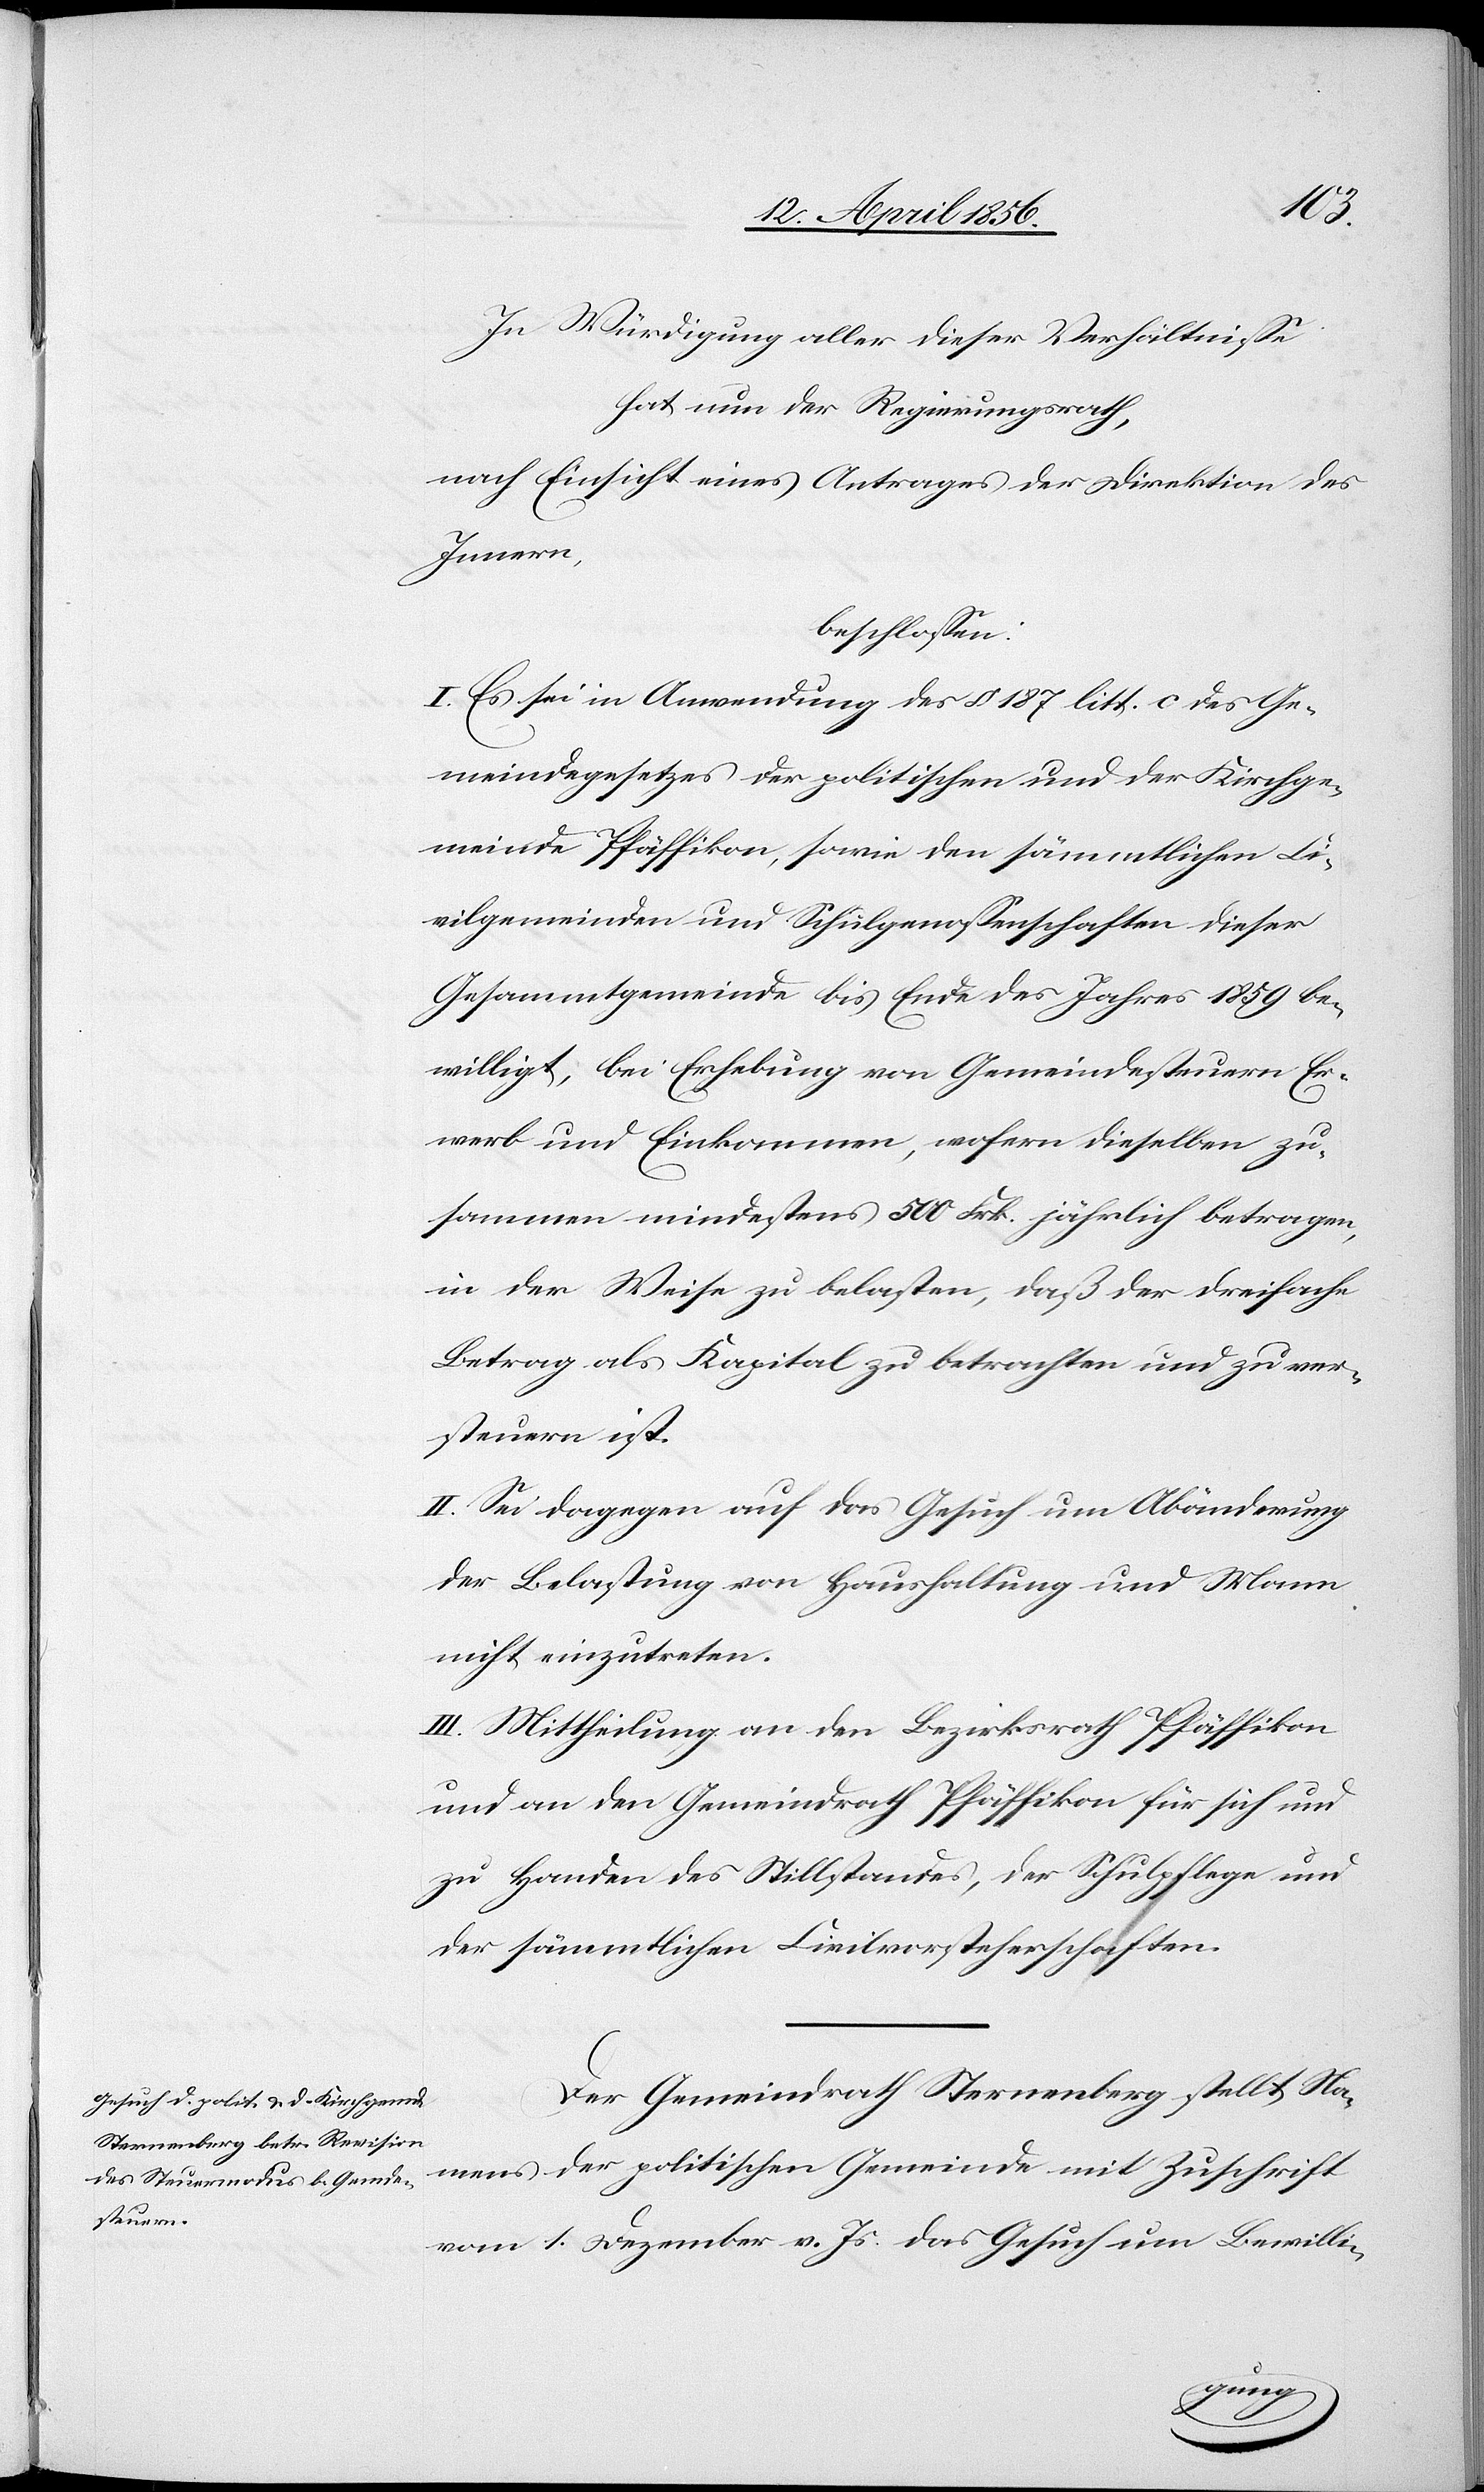
In Würdigung aller dieser Verhältnisse
hat nun der Regierungsrath,
nach Einsicht eines Antrages der Direktion des
Innern,
beschlossen:
I. Es sei in Anwendung des § 187 litt. c des Ge¬
meindegesetzes der politischen und der Kirchge¬
meinde Pfäffikon, sowie den sämmtlichen Ci¬
vilgemeinden und Schulgenossenschaften dieser
Gesammtgemeinde bis Ende des Jahres 1859 be¬
willigt, bei Erhebung von Gemeindesteuern Er¬
werb und Einkommen, wofern dieselben zu¬
sammen mindestens 500 Frk. jährlich beitragen,
in der Weise zu belasten, daß der dreifache
Betrag als Kapital zu betrachten und zu ver¬
steuern ist.
II. Sei dagegen auf das Gesuch um Abänderung
der Belastung von Haushaltung und Mann
nicht einzutreten.
III. Mittheilung an den Bezirksrath Pfäffikon
und an den Gemeindrath Pfäffikon für sich und
zu Handen des Stillstandes, der Schulpflege und
der sämmtlichen Civilvorsteherschaften.
Der Gemeindrath Sternenberg stellt Na¬
mens der politischen Gemeinde mit Zuschrift
vom 1. Dezember v. Js. das Gesuch um Bewilli-